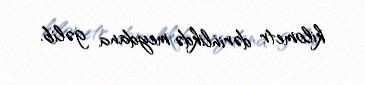
kilometr dərinlikdə meydana gəlib.